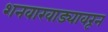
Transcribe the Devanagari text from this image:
शनवारवाड्यावरून